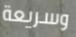
وسريعة